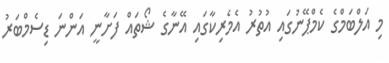
މި އަލްބަމްގެ ކެމްޕޭނުގައި އުތުރު އެމެރިކާގައި އޭނާގެ ޝޯތައް ފަށާނީ އަންނަ ޑިސެމްބަރު